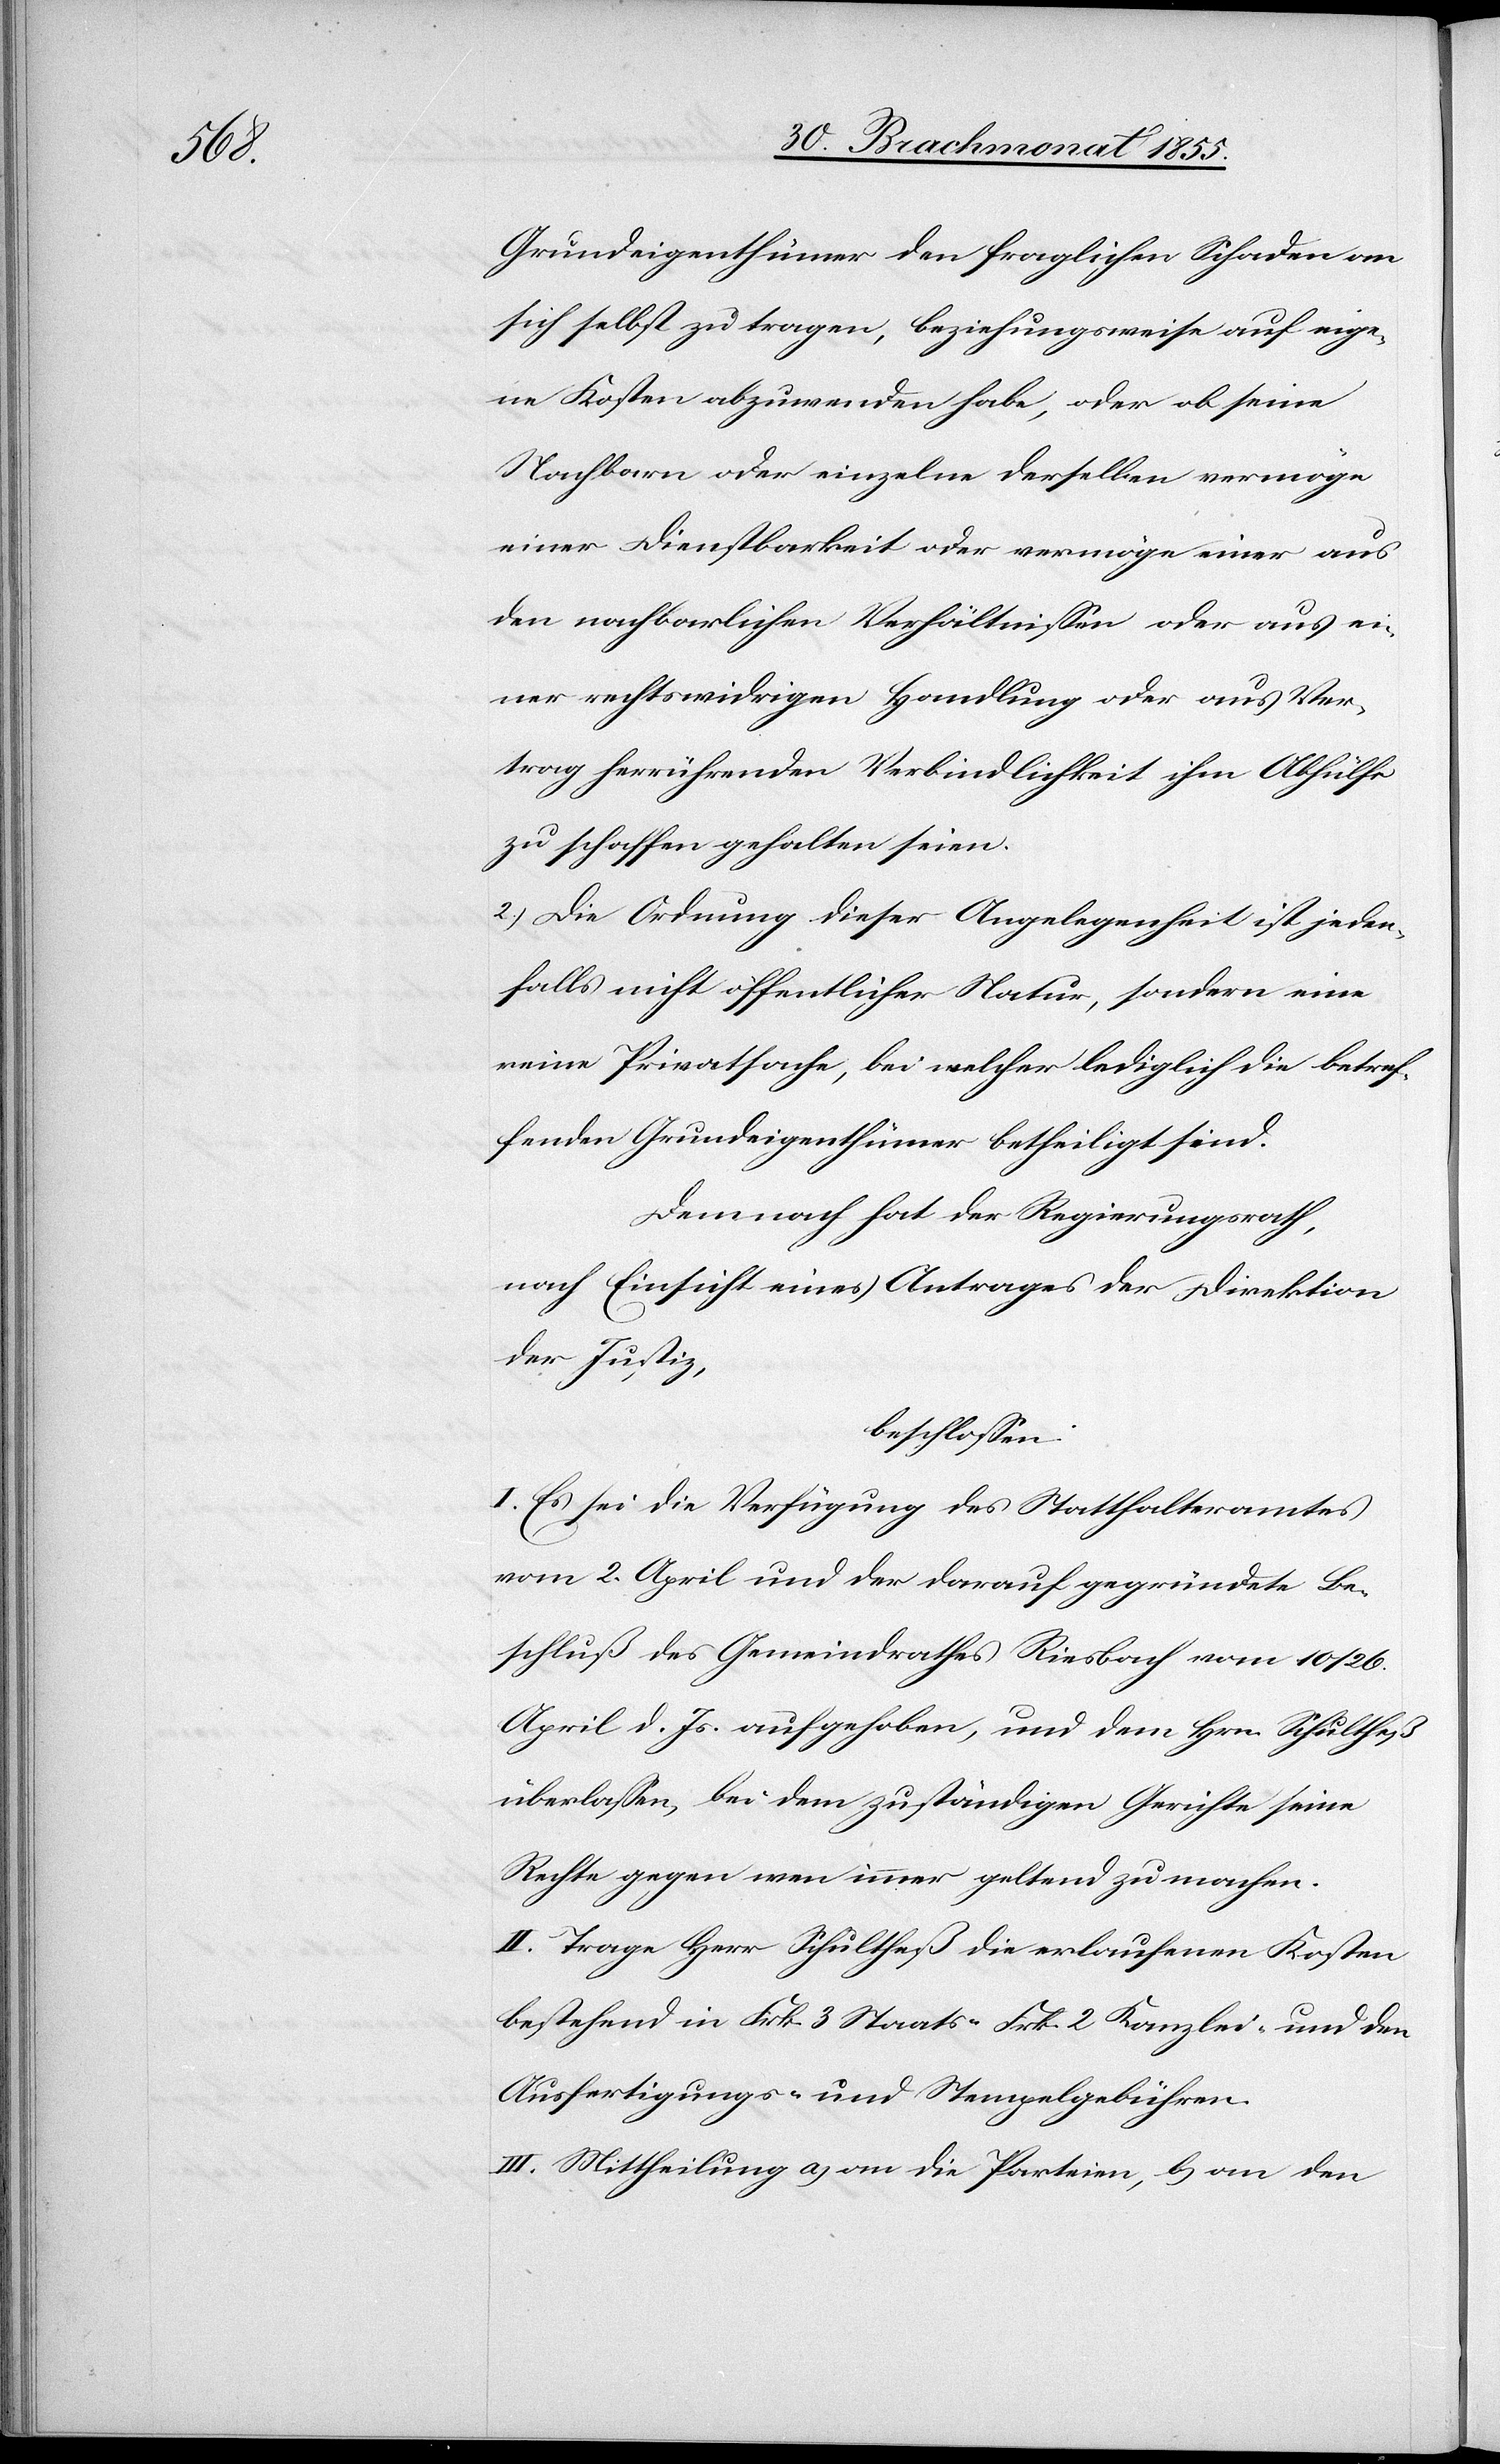
Grundeigenthümer den fraglichen Schaden an
sich selbst zu tragen, beziehungsweise auf eige¬
ne Kosten abzuwenden habe, oder ob seine
Nachbarn oder einzelne derselben vermöge
einer Dienstbarkeit oder vermöge einer aus
den nachbarlichen Verhältnissen oder aus ei¬
ner rechtswidrigen Handlung oder aus Ver¬
trag herrührenden Verbindlichkeit ihm Abhülfe
zu schaffen gehalten seien.
2.) Die Ordnung dieser Angelegenheit ist jeden¬
falls nicht öffentlicher Natur, sondern eine
reine Privatsache, bei welcher lediglich die betref¬
fenden Grundeigenthümer betheiligt sind.
Demnach hat der Regierungsrath,
nach Einsicht eines Antrages der Direktion
der Justiz,
beschlossen:
I. Es sei die Verfügung des Statthalteramtes
vom 2. April und der darauf gegründete Be¬
schluß des Gemeindrathes Riesbach vom 10 / 26.
April d. Js. aufgehoben, und dem Hrn. Schultheß
überlassen, bei dem zuständigen Gerichte seine
Rechte gegen wen immer geltend zu machen.
II. Trage Herr Schultheß die erlaufenen Kosten
bestehend in Frk. 3 Staats-[,] Frk. 2 Kanzlei- und den
Ausfertigungs- und Stempelgebühren.
III. Mittheilung a) an die Parteien; b) an den